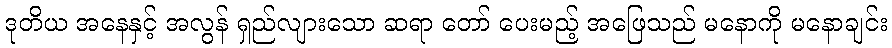
ဒုတိယ အနေနှင့် အလွန် ရှည်လျားသော ဆရာ တော် ပေးမည့် အဖြေသည် မနောကို မနောချင်း